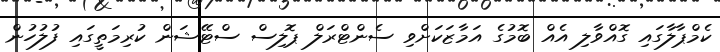
ކެމްޕާލާގައި ގޮއްވާލި އެއް ބޮމުގެ އަމާޒަކަށްވި ސެންޓްރަލް ޕޮލިސް ސްޓޭޝަން ކުރިމަތީގައި ފުލުހުން